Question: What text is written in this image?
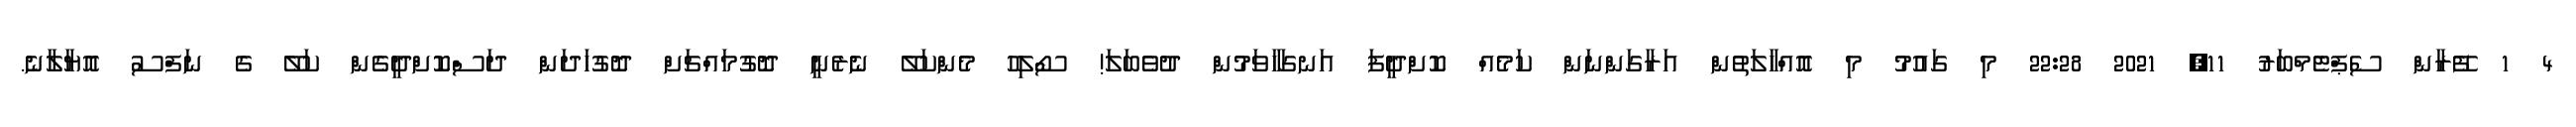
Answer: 4 1 ފޭރާން ސެޕްޓެމްބަރު 11, 2021 22:28 މި ގައުމު މި އޮއްހާލަތުން އަރާގަންނަން ކަމެއް ކޮށްދީފަ އަނގަހާވަމުން ދުވެބަލަ! ސޯލިހު މެންކަލޭ ނެރެނީ ދޮގުމައްޗަށް ދޮގުހަދަން ދަސްކޮށްދީގެން ކަލޭ ގެ ނަފްސު އޮޔާލާނެ.